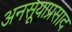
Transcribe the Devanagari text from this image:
अनसूयाप्रसाद